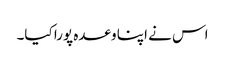
اس نے اپنا وعدہ پورا کیا۔